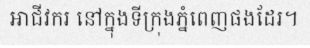
អាជីវករ នៅក្នុងទីក្រុងភ្នំពេញផងដែរ។